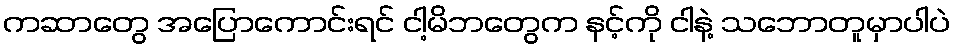
ကဆာတွေ အပြောကောင်းရင် ငါ့မိဘတွေက နင့်ကို ငါနဲ့ သဘောတူမှာပါပဲ